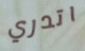
اتدري